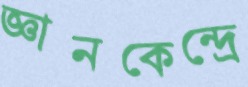
জ্ঞানকেন্দ্রে